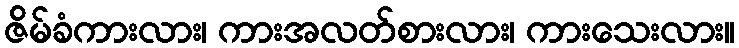
ဇိမ်ခံကားလား၊ ကားအလတ်စားလား၊ ကားသေးလား။